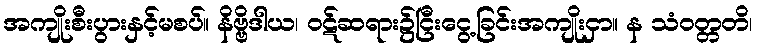
အကျိုးစီးပွားနှင့်မစပ်။ နိဗ္ဗိဒါယ၊ ဝဋ်ဆရား၌ငြီးငွေ့ခြင်းအကျိုးငှာ။ န သံဝတ္တတိ၊